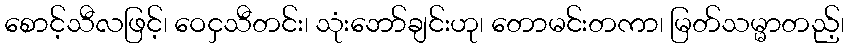
စောင့်သီလဖြင့်၊ ဝေငှသီတင်း၊ သုံးဘော်ချင်းဟု၊ တောမင်းတကာ၊ မြတ်သမ္မာတည့်၊